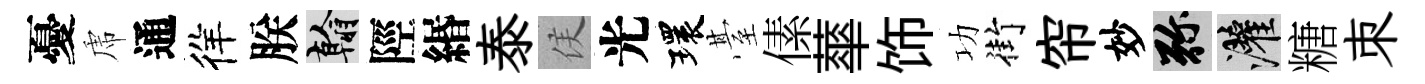
憂虎通徉朕翰陘緡泰侯光環䑓傃蕐饰功街帘妙弥灌糖朿